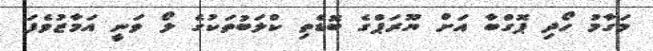
މަގާމު ހޯދި ޕޮގްބާ އަށް ޔޫރަޕްގެ ބޮޑެތި ކްލަބުތަކުގެ ލޯ ވަނީ އަމާޒުވެފަ